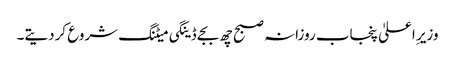
وزیر ِاعلیٰ پنجاب روزانہ صبح چھ بجے ڈینگی میٹنگ شروع کردیتے۔